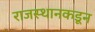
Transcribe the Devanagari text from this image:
राजस्थानकडून